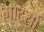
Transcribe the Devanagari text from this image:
मोटर्सा